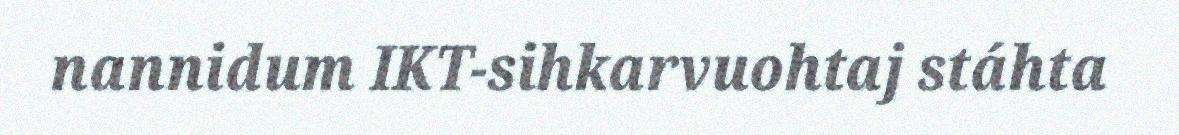
nannidum IKT-sihkarvuohtaj stáhta